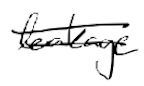
Text: leakage
Cross-out: double-line
Writing tool: digital_black